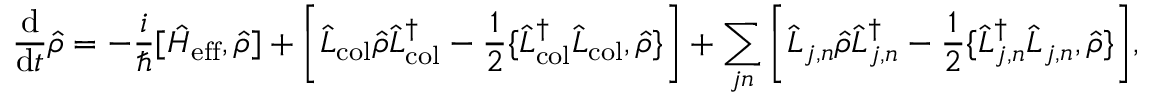
\frac { \mathrm { d } } { \mathrm { d } t } \hat { \rho } = - \frac { i } { \hbar } [ \hat { H } _ { \mathrm { e f f } } , \hat { \rho } ] + \bigg [ \hat { L } _ { \mathrm { c o l } } \hat { \rho } \hat { L } _ { \mathrm { c o l } } ^ { \dag } - \frac { 1 } { 2 } \{ \hat { L } _ { \mathrm { c o l } } ^ { \dag } \hat { L } _ { \mathrm { c o l } } , \hat { \rho } \} \bigg ] + \sum _ { j n } \bigg [ \hat { L } _ { j , n } \hat { \rho } \hat { L } _ { j , n } ^ { \dag } - \frac { 1 } { 2 } \{ \hat { L } _ { j , n } ^ { \dag } \hat { L } _ { j , n } , \hat { \rho } \} \bigg ] ,